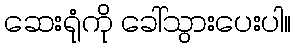
ဆေးရုံကို ခေါ်သွားပေးပါ။